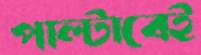
পাল্টাবেই